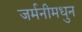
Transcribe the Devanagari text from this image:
जर्मनीमधुन